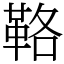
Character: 𩊚